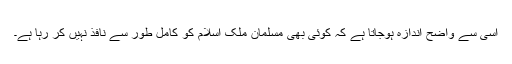
اسی سے واضح اندازہ ہوجاتا ہے کہ کوئی بھی مسلمان ملک اسلام کو کامل طور سے نافذ نہیں کر رہا ہے۔